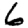
Digit: 6